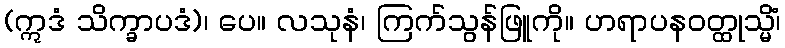
(ဣဒံ သိက္ခာပဒံ)၊ ပေ။ လသုနံ၊ ကြက်သွန်ဖြူကို။ ဟရာပနဝတ္ထုသ္မိံ၊